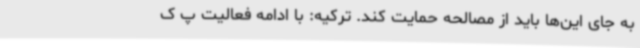
به جای این‌ها باید از مصالحه حمایت کند. ترکیه: با ادامه فعالیت پ ک